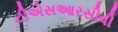
ટીએસઆરસીવી